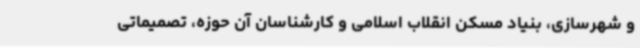
و شهرسازی، بنیاد مسکن انقلاب اسلامی و کارشناسان آن حوزه، تصمیماتی